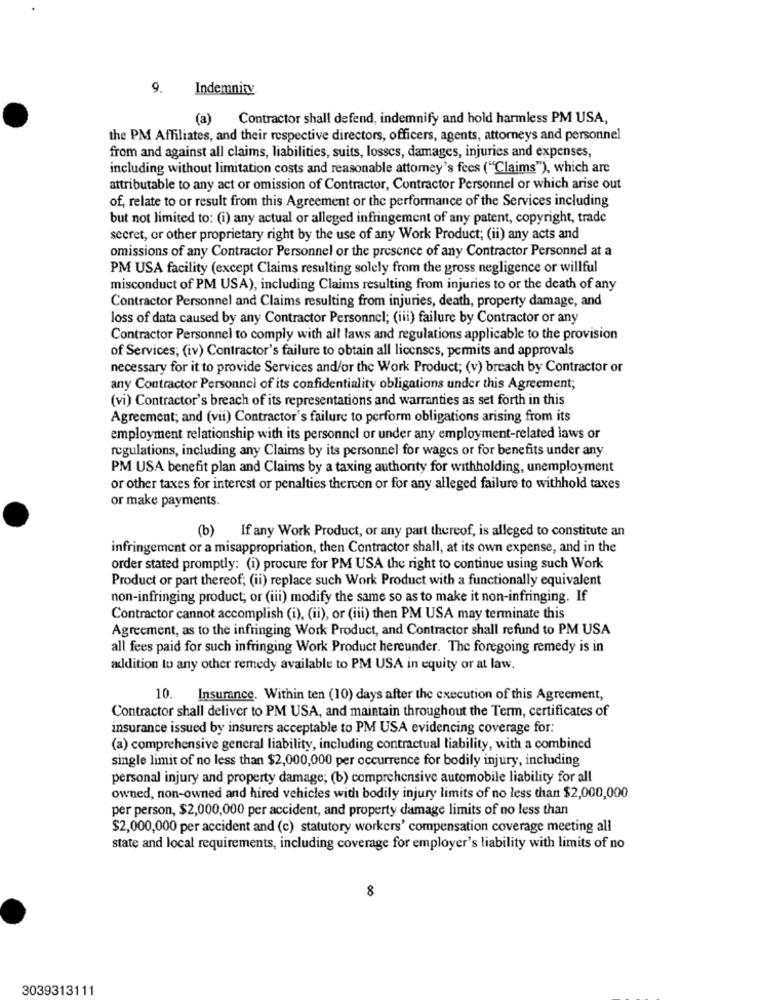
9. Indemnity
(a) Contractor shall defend, indemnify and hold harmless PM USA,
the PM Affiliates, and their respective directors, officers, agents, attorneys and personnel
from and against all claims, liabilities, suits, losscs, damages, injuries and expenses,
including without limitation costs and reasonable attomey's fees ("Claims"), which are
attributable to any act or omission of Contractor, Contractor Personnel or which arise out
of, relate to or result from this Agreement or the performance of the Services including
but not limited to: (i) any actual or alleged infringement of any patent, copyright, trade
secret, or other proprietary right by the use of any Work Product; (ii) any acts and
omissions of any Contractor Personnel or the presence of any Contractor Personnel at a
PM USA facility (except Claims resulting solely from the gross negligence or willful
misconduct of PM USA), including Claims resulting from injuries to or the death of any
Contractor Personnel and Claims resulting from injuries, death, property damage, and
loss of data caused by any Contractor Personnel; (iii) failure by Contractor or any
Contractor Personnel to comply with all laws and regulations applicable to the provision
of Services; (iv) Contractor's failure to obtain all licenses, permits and approvals
necessary for it to provide Services and/or the Work Product; (v) breach by Contractor or
any Contractor Personnel of its confidentiality obligations under this Agreement;
(vi) Contractor's breach of its representations and warranties as set forth in this
Agreement; and (vii) Contractor's failure to perform obligations arising from its
employment relationship with its personnel or under any employment-related laws or
regulations, including any Claims by its personnel for wages or for benefits under any
PM USA benefit plan and Claims by a taxing authority for withholding, unemployment
or other taxes for interest or penalties thercon or for any alleged failure to withhold taxes
or make payments.
(b) If any Work Product, or any part thereof, is alleged to constitute an
infringement or a misappropriation, then Contractor shall, at its own expense, and in the
order stated promptly: (i) procure for PM USA the right to continue using such Work
Product or part thereof; (ii) replace such Work Product with a functionally equivalent
non-infringing product; or (iii) modify the same so as to make it non-infringing. If
Contractor cannot accomplish (i), (ii), or (iii) then PM USA may terminate this
Agreement, as to the infringing Work Product, and Contractor shall refund to PM USA
all fees paid for such infringing Work Product hereunder. The foregoing remedy is in
addition to any other remedy available to PM USA in equity or at law.
10. Insurance. Within ten (10) days after the execution of this Agreement,
Contractor shall deliver to PM USA, and maintain throughout the Term, certificates of
insurance issued by insurers acceptable to PM USA evidencing coverage for:
(a) comprehensive general liability, including contractual liability, with a combined
single limit of no less than $2,000,000 per occurrence for bodily injury, including
personal injury and property damage; (b) comprehensive automobile liability for all
owned, non-owned and hired vehicles with bodily injury limits of no less than $2,000,000
per person, $2,000,000 per accident, and property damage limits of no less than
$2,000,000 per accident and (c) statutory workers' compensation coverage meeting all
state and local requirements, including coverage for employer's liability with limits of no
8
3039313111